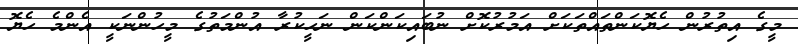
މީގެ އިތުރުން ހެޔޮކަންތައްތަކަށް އަމުރުކޮށް ނުބައިކަންކަން ނަހީކުރާ އުންމަތުގެ މީހުންނަކީ އެންމެ ހެޔޮ